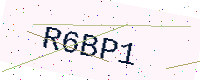
Text: R6BP1